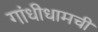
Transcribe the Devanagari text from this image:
गांधीधामची